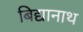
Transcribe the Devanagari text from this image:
बिद्यानाथ